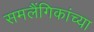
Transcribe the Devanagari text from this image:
समलैंगिकांच्या